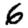
Digit: 6